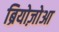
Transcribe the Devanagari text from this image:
ब्रियोज़ोआ